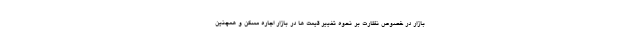
بازار در خصوص نظارت بر نحوه تغییر قیمت ها در بازار اجاره مسکن و همچنین